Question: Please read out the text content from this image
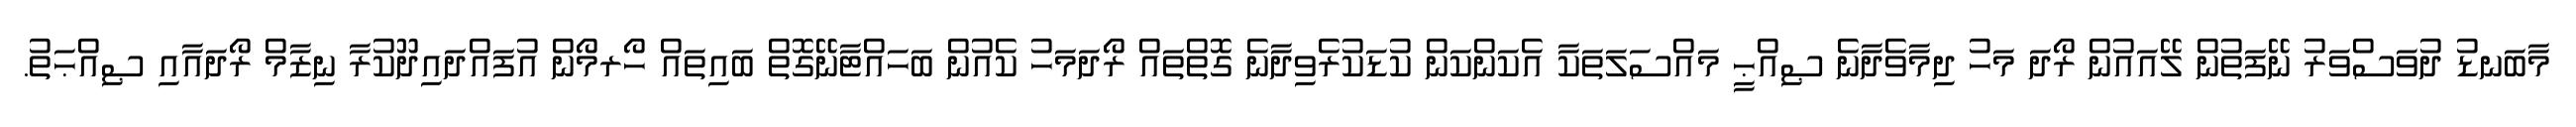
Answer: މާބަނޑު ދުވަސްވަރު ނޭފަތުން ލޭއައުން ރޯދަ މަހު ދިމާވެދާނެ ޞިއްޙީ މައްސަލަތަކާ އެކަންކަން ކުޑަކުރެވިދާނެ ގޮތްތައް ރޯދަމަހު ކެއުން ބަހައްޓާނޭގޮތް ބައިތައް ހޯރމޯން އުފައްދައިދޫކުރާ ނިޒާމް ރޯދައާއި ޞިއްޙަތު.